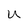
Character: u